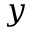
y